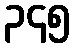
၃၄၅